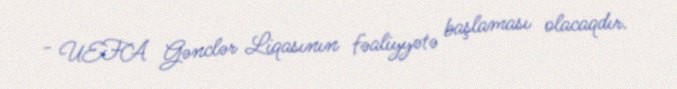
- UEFA Gənclər Liqasının fəaliyyətə başlaması olacaqdır.